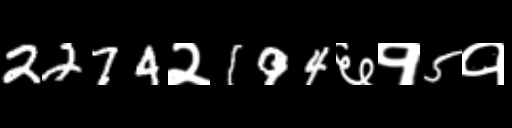
Text: 2274२194६१5१